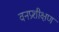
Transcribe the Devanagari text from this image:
वनप्रशीक्षण